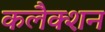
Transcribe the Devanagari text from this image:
कलैक्शन